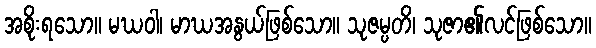
အစိုးရသော။ မဃဝါ၊ မာဃအနွယ်ဖြစ်သော။ သုဇမ္ပတိ၊ သုဇာ၏လင်ဖြစ်သော။